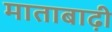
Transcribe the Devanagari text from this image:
माताबाढ़ी